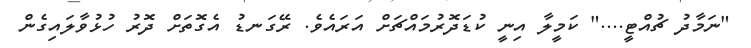
"ނަމާދު ޗުއްޓީ...." ކަމީލާ އިނީ ކުޑަދޮރުމައްޗަށް އަރައެވެ. ރޭގަނޑު އެގޮތަށް ދޮރު ހުޅުވާލައިގެން